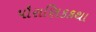
પૌરાણિકકથા